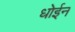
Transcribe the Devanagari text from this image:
धोईन